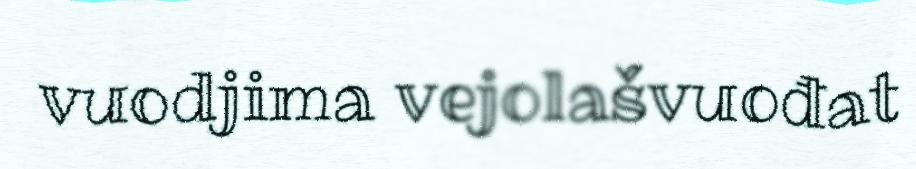
vuodjima vejolašvuođat